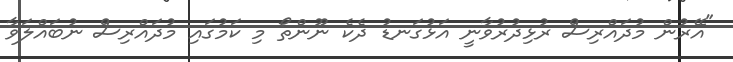
"އޭރުން މުދައްރިސް ރުޅިދުރުވާނީ އަޅުގަނޑު ދެކެ ނޫންތޯ މި ކަމުގައި މުދައްރިސް ނުބައްލަވާ